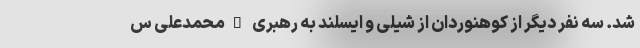
شد. سه نفر دیگر از کوهنوردان از شیلی و ایسلند به رهبری "محمدعلی س